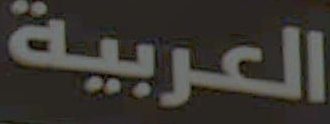
العربية